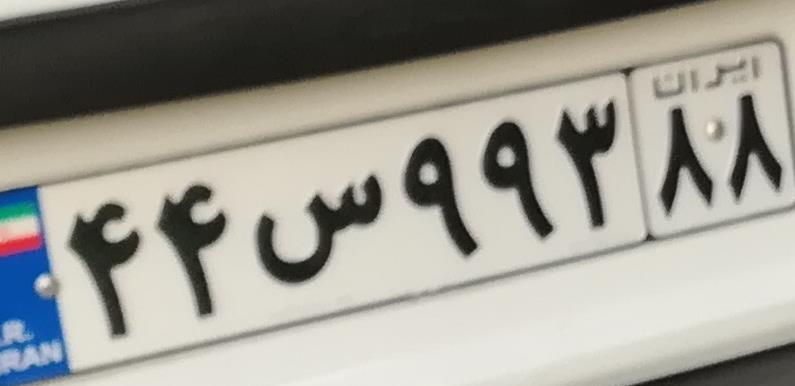
۴۴س۹۹۳۸۸